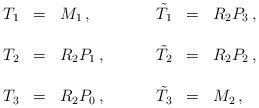
\begin{align*}\begin{array}{rclrcl}T_{1} & = & M_{1}\, ,\hspace{1cm} &\tilde{T}_{1} & = & R_{2}P_{3}\, ,\\& & & & & \\T_{2} & = & R_{2}P_{1}\, ,\hspace{1cm} &\tilde{T}_{2} & = & R_{2}P_{2}\, ,\\& & & & & \\T_{3} & = & R_{2}P_{0}\, ,\hspace{1cm} &\tilde{T}_{3} & = & M_{2}\, ,\\ \end{array}\end{align*}